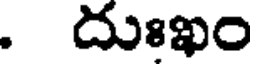
. దుఃఖం